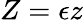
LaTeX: Z=\epsilon z